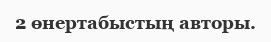
2 өнертабыстың авторы.